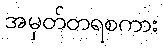
အမှတ်တရစကား